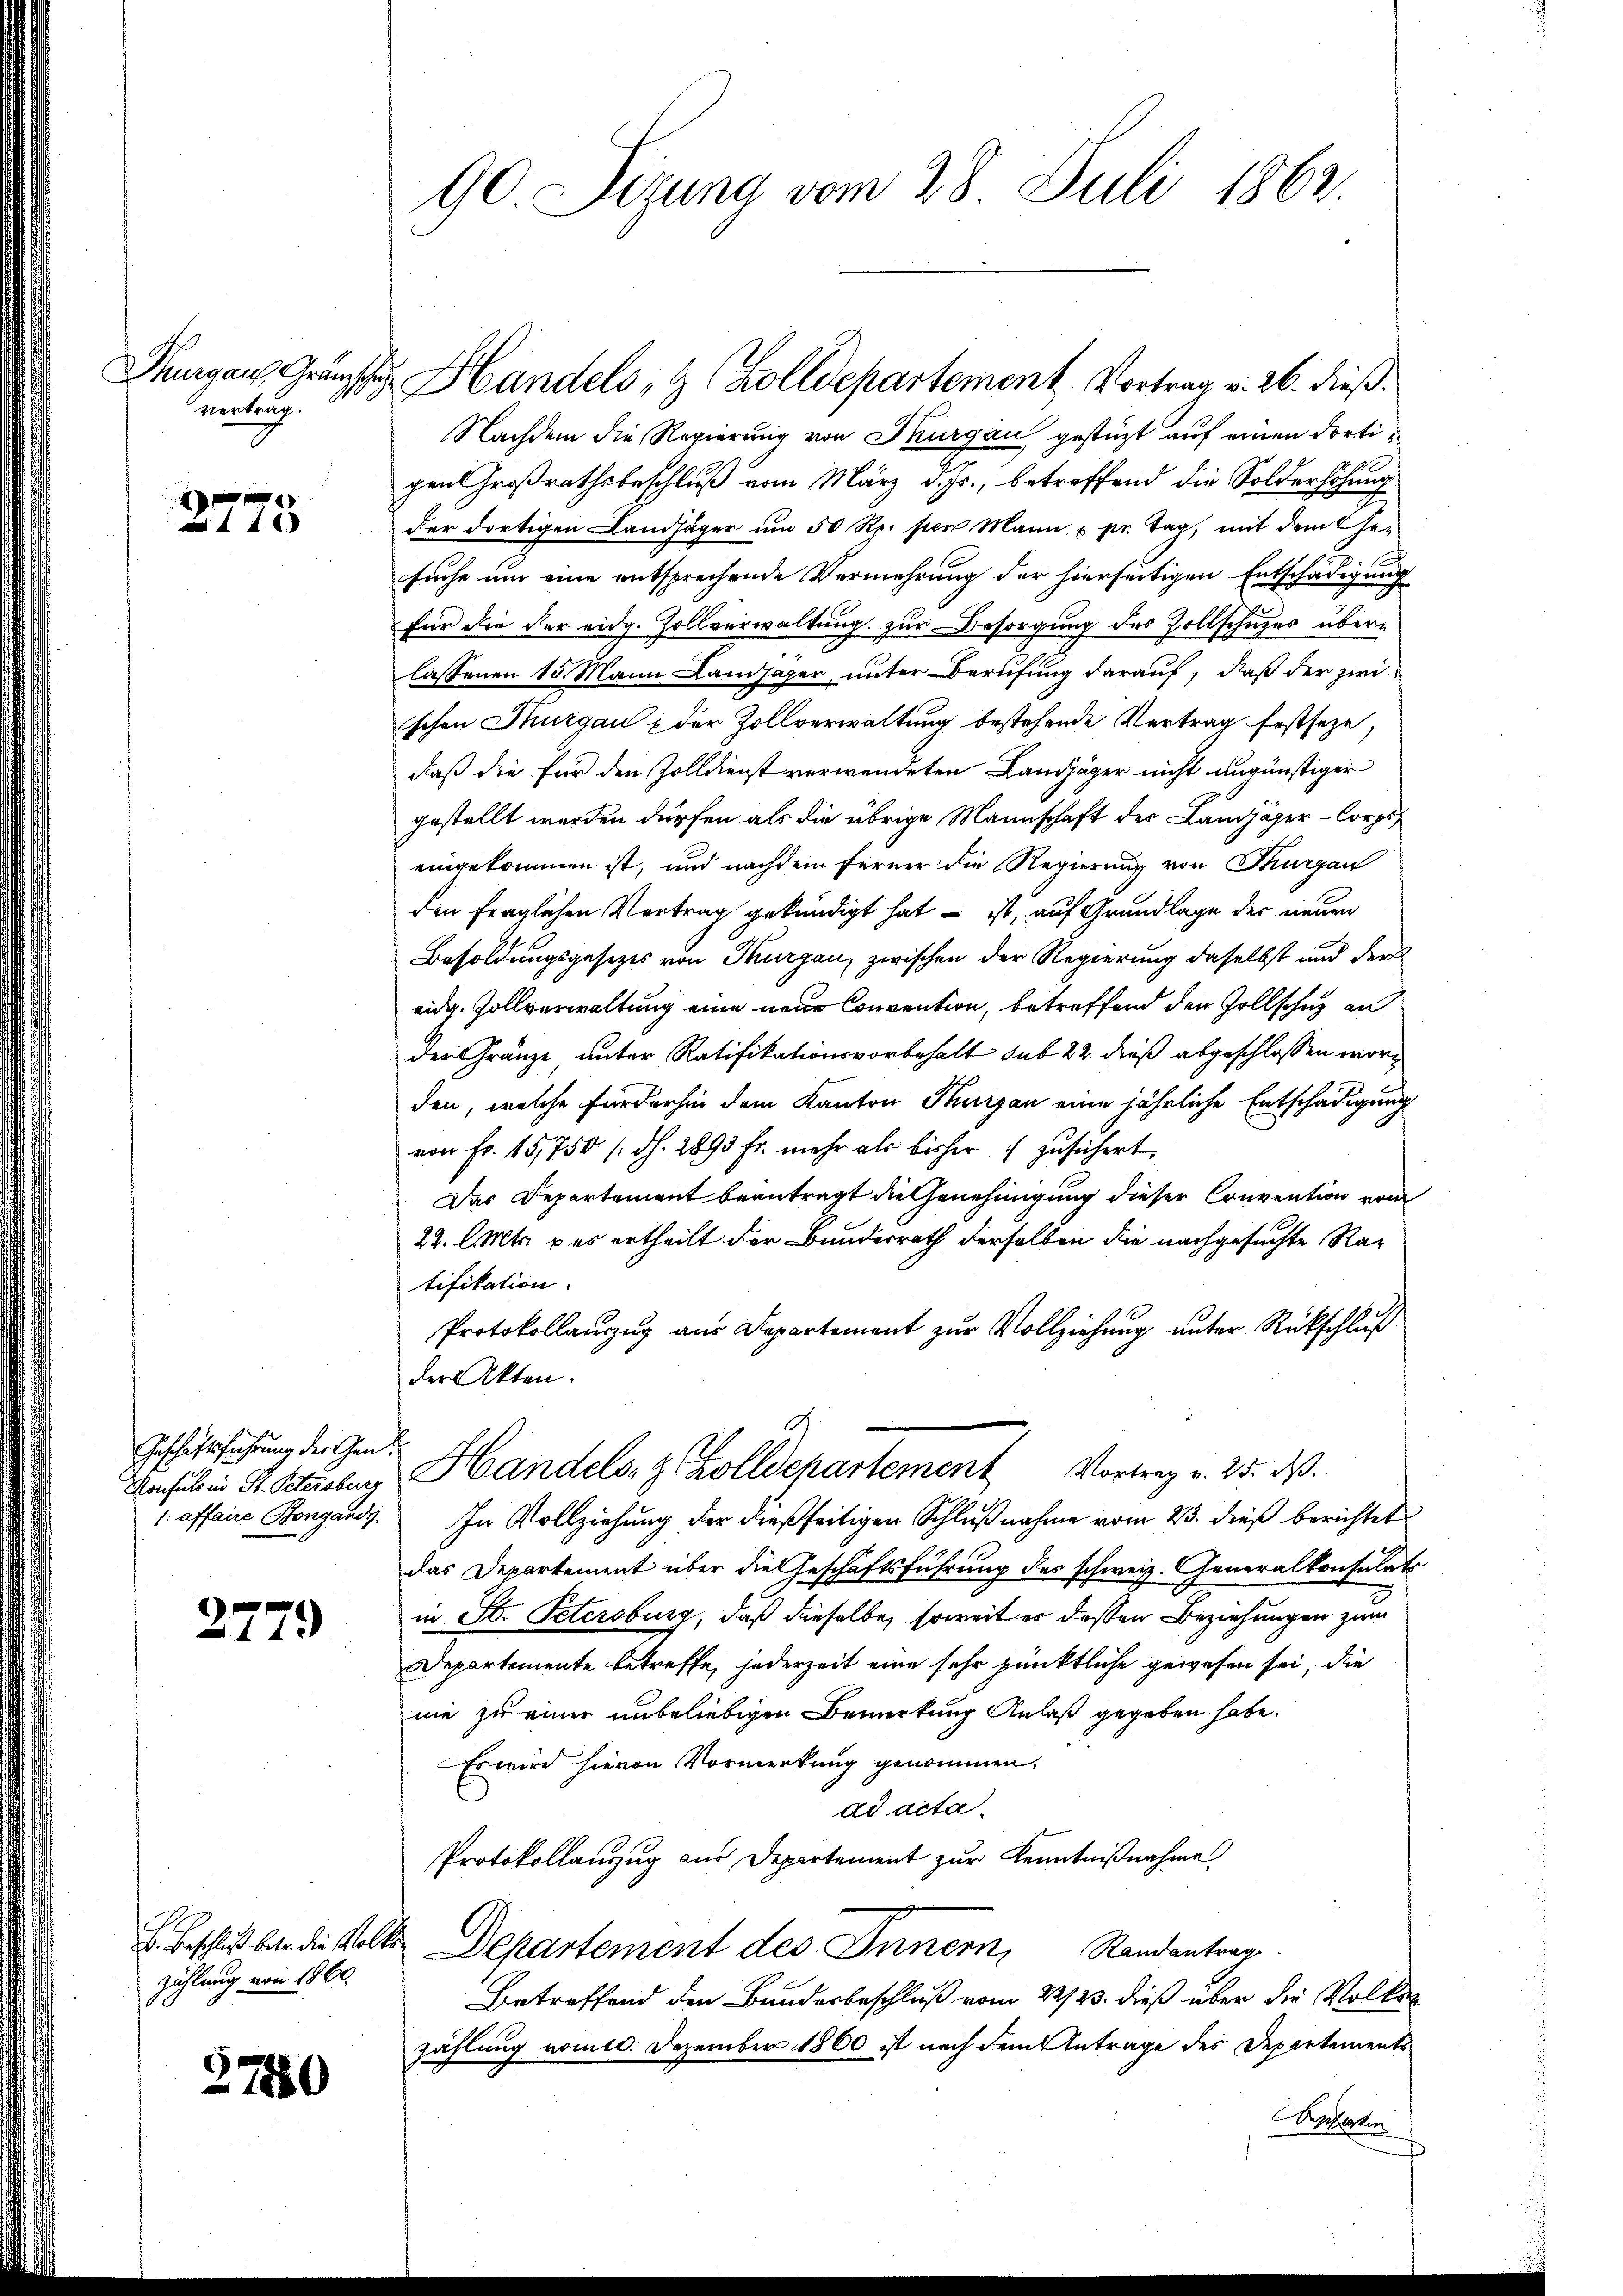
vertrag.

e
 44 x

Geschäftsführung der Gen
: affaire Bongands

2779

Zählung von 1860.

3780

90. Sizung vom 28. Juli 1862.

Nachdem die Regierung von Thurgau gestützt auf einen dortigen Großrathsbeschluß vom März d. Js., betreffend die Solderhöhung
der dortigen Landjäger um 50 Rp. per Mann u. pr. Tag, mit dem Gesuche um eine entsprechende Vermehrung der hierseitigen Entschädigung
für die der eidg. Zollverwaltung zur Besorgung des Zollschuzes überlassenen 15 Mann Lamjaper unter Berufung darauf, daß der zwi
schen Thurgau & der Zollverwaltung bestehende Vertrag festseze,
daß die für den Zolldienst verwendeten Landjäger nicht ungünstiger
gestellt werden dürfen als die übrige Mannschaft der Landjäger-Corps
eingekommen ist, und nachdem ferner die Regierung von Thurgau
den fraglichen Vertrag gekündigt hat – ist, auf Grundlage der neuen
Besoldungsgesetzes von Thurgau, zwischen der Regierung daselbst und der
eidg. Zollverwaltung eine neue Convention, betreffend den Zollschutz an
der Gränze unter Ratifikationsvorbehalt sub 22. dieß abgeschlossen worden, welche Forderhin dem Kanton Thurgan eine jährliche Entschädigung
von Fr. 15,750 /: dh. 2893 fr. mehr als bisher zusichert.
Das Departement beantragt die Genehmigung dieser Convention vom
22. l. Mts. u es ertheilt der Bundesrath derselben die nachgesuchte Ratifikation.
Protokollauszug aus Departement zur Vollziehung unter Rückschluß
der Akten.
Denselbe in Fr. Stielen, Handels- & Zolldepartement Vortrag v. 25. ds.
In Vollziehung der dießseitigen Schlußnahme vom 23. dieß berichtet
das Departement über die Geschäftsführung des schweiz. Generalkonsulats
in St. Petersburg, daß dieselbe, soweit er deßen Beziehungen zum
Departemente betreffe, jederzeit eine sehr pünktliche gewesen sei, die
nie zu einer unbeliebigen Bemerkung Anlaß gegeben habe.
Es wird hievon Vormerkung genommen.
dd acta.
Protokollanzug aus Departement zur Kenntnißnahme
E. Beschluß bar die Volls Departement des Innern, Randantrag
Betreffend den Bundesbeschluß vom 22/23. dieß über die Volken
zählung vom. Dezember 1860 ist nach dem Antrage des Departements
esehen

Thurgau, Gränz Handels- & Zolldepartement Vortrag v. 26. dieß.